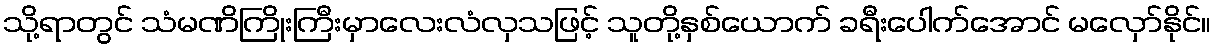
သို့ရာတွင် သံမဏိကြိုးကြီးမှာလေးလံလှသဖြင့် သူတို့နှစ်ယောက် ခရီးပေါက်အောင် မလှော်နိုင်။